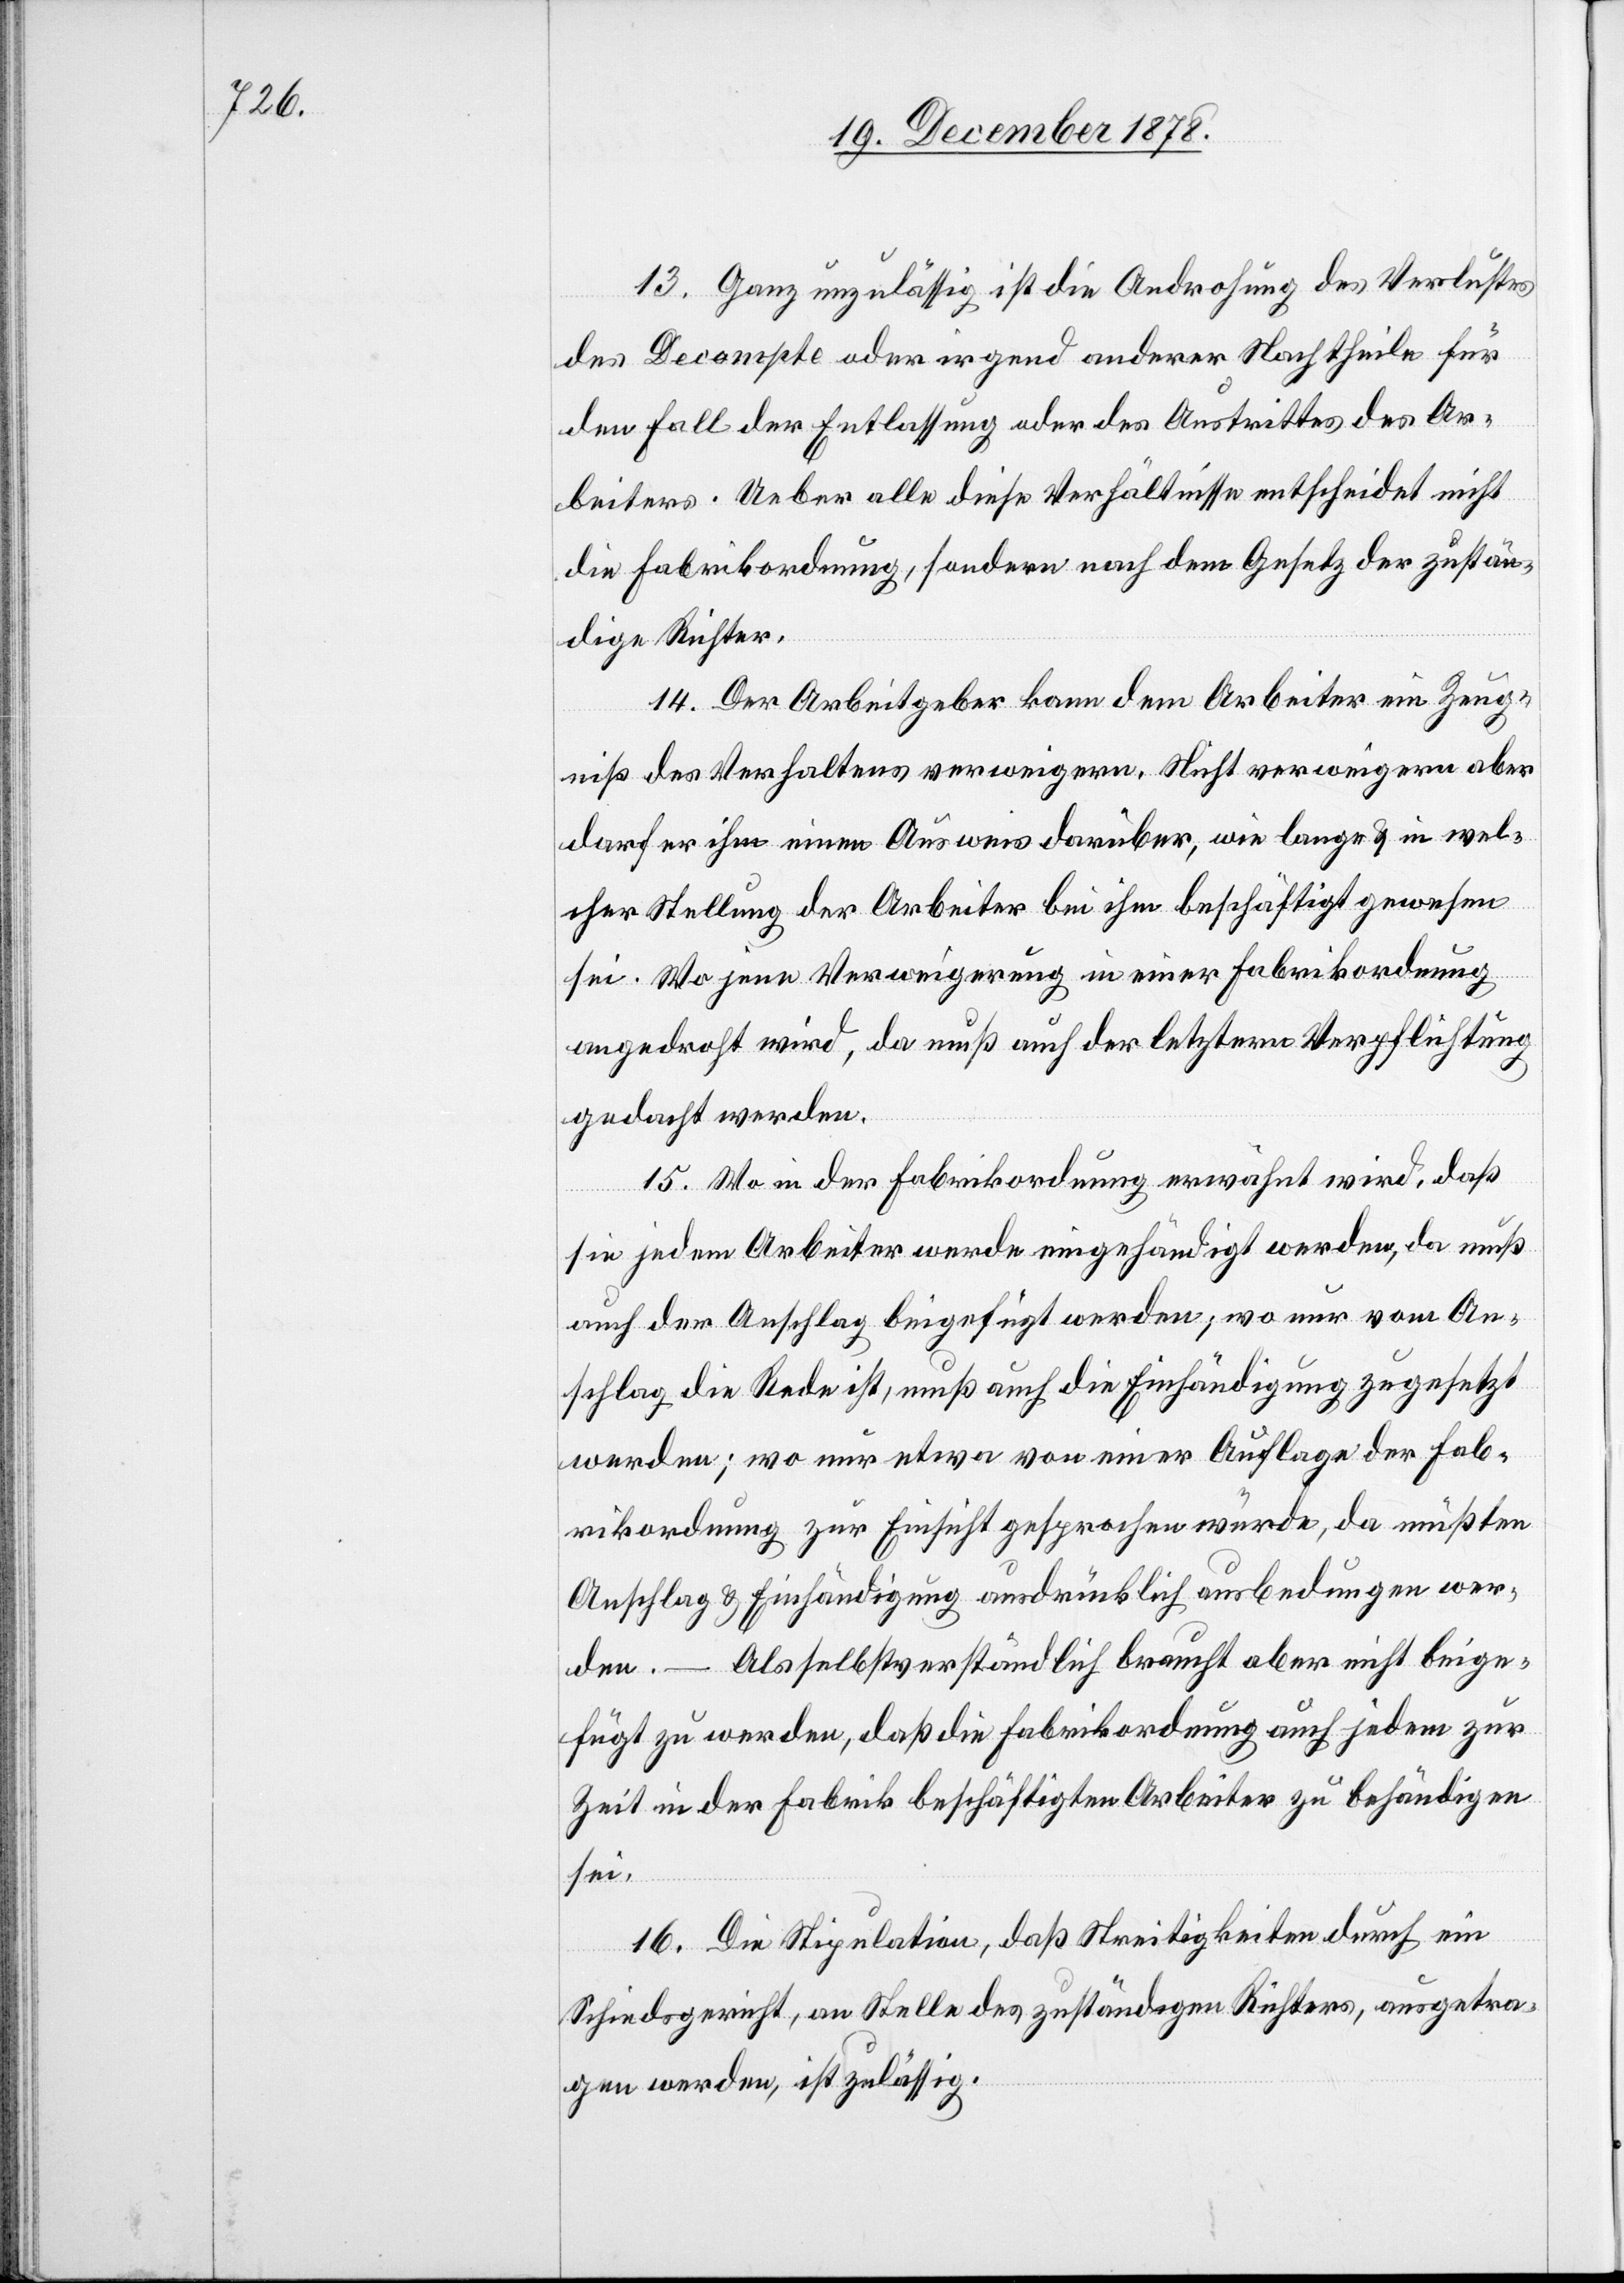
13. Ganz unzulässig ist die Androhung des Verlustes
des Decompte oder irgend anderer Nachtheile für
den Fall der Entlassung oder des Austrittes des Ar¬
beiters. Ueber alle diese Verhältnisse entscheidet nicht
die Fabrikordnung, sondern nach dem Gesetz der zustän¬
dige Richter.
14. Der Arbeitgeber kann dem Arbeiter ein Zeug¬
niß des Verhaltens verweigern. Nicht verweigern aber
darf er ihm einen Ausweis darüber, wie lange & in wel¬
cher Stellung der Arbeiter bei ihm beschäftigt gewesen
sei. Wo jene Verweigerung in einer Fabrikordnung
angedroht wird, da muß auch der letztern Verpflichtung
gedacht werden.
15. Wo in der Fabrikordnung erwähnt wird, daß
sie jedem Arbeiter werde eingehändigt werden, da muß
auch der Anschlag beigefügt werden; wo nur vom An¬
schlag die Rede ist, muß auch die Einhändigung zugesetzt
werden; wo nur etwa von einer Auflage der Fab¬
rikordnung zur Einsicht gesprochen würde, da müßten
Anschlag & Einhändigung ausdrücklich ausbedungen wer¬
den. – Als selbstverständlich braucht aber nicht beige¬
fügt zu werden, daß die Fabrikordnung auch jedem zur
Zeit in der Fabrik beschäftigten Arbeiter zu behändigen
sei.
16. Die Stipulation, daß Streitigkeiten durch ein
Schiedsgericht, an Stelle des zuständigen Richters, ausgetra¬
gen werden, ist zulässig.